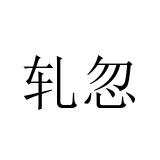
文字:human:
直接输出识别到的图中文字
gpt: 轧忽